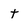
Character: T